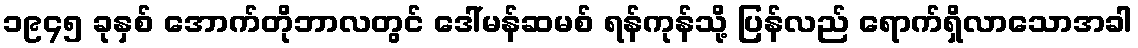
၁၉၄၅ ခုနှစ် အောက်တိုဘာလတွင် ဒေါ်မန်ဆမစ် ရန်ကုန်သို့ ပြန်လည် ရောက်ရှိလာသောအခါ